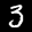
Label: 3